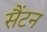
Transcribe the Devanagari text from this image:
सैंटन